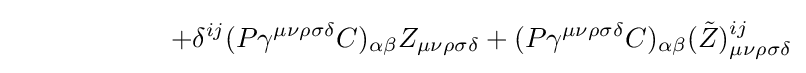
\ \ \ \ \ \ \ \ \ \ \ \ \ \ \ \ \ +\delta ^{ij}(P\gamma ^{\mu \nu \rho \sigma \delta }C)_{\alpha \beta }Z_{\mu \nu \rho \sigma \delta }+(P\gamma ^{\mu \nu \rho \sigma \delta }C)_{\alpha \beta }({\tilde {Z}})_{\mu \nu \rho \sigma \delta }^{ij}